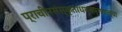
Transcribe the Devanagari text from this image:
प्राचीनसंस्कृताधयनप्रणाल्या